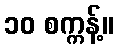
၁၀ စက္ကန့်။